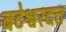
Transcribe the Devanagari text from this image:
बटेश्वरदत्त